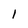
Character: l